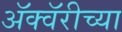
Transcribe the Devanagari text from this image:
अॅक्वॅरीच्या